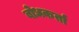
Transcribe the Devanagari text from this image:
बोधकर्ता